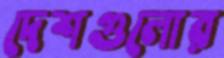
দেশগুলোর